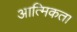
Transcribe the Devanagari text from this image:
आत्मिकता